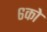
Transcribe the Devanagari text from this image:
६को